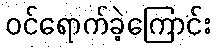
ဝင်ရောက်ခဲ့ကြောင်း